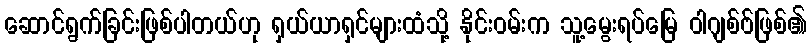
ဆောင်ရွက်ခြင်းဖြစ်ပါတယ်ဟု ရှယ်ယာရှင်များထံသို့ နိုင်းဝမ်းက သူ့မွေးရပ်မြေ ဝါဂျစ်ဗ်ဖြစ်၏